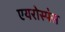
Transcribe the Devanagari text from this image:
एयरोस्प॓स